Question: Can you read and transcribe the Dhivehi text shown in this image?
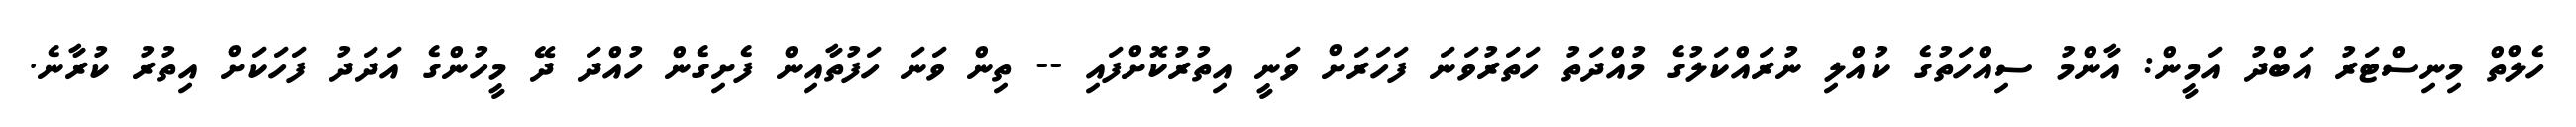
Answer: ހެލްތް މިނިސްޓަރު އަބްދު އަމީން: އާންމު ސިއްހަތުގެ ކުއްލި ނުރައްކަލުގެ މުއްދަތު ހަތަރުވަނަ ފަހަރަށް ވަނީ އިތުރުކޮށްފައި -- ތިން ވަނަ ހަފުތާއިން ފެށިގެން ހުއްދަ ދޭ މީހުންގެ އަދަދު ފަހަކަށް އިތުރު ކުރާނެ.